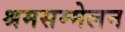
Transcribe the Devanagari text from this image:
श्रमसम्मेलन